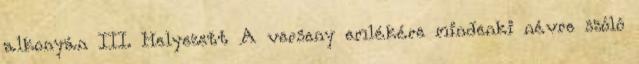
alkonyán III. Helyezett A verseny emlékére mindenki névre szóló